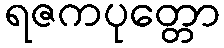
ရဇကပုတ္တော